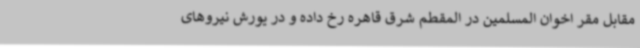
مقابل مقر اخوان المسلمین در المقطم شرق قاهره رخ داده و در یورش نیروهای